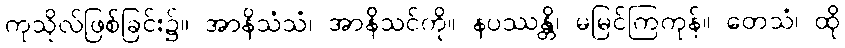
ကုသိုလ်ဖြစ်ခြင်း၌။ အာနိသံသံ၊ အာနိသင်ကို။ နပဿန္တိ၊ မမြင်ကြကုန်။ တေသံ၊ ထို